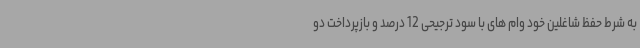
به شرط حفظ شاغلین خود وام های با سود ترجیحی 12 درصد و بازپرداخت دو